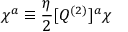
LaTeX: \chi ^ { a } \equiv { \frac { \eta } { 2 } } [ Q ^ { ( 2 ) } ] ^ { a } \chi